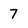
Character: 7